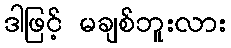
ဒါဖြင့် မချစ်ဘူးလား